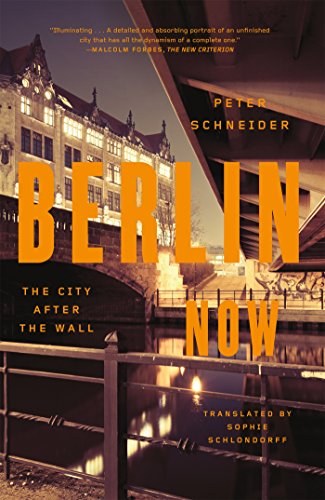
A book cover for Berlin Now: The City After the Wall; Peter Schneider; Travel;